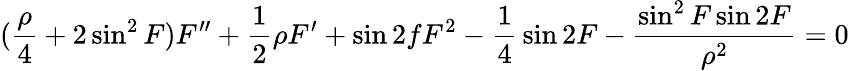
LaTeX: ({\frac{\rho}{4}}+2\sin^{2}{F})F^{\prime\prime}+{\frac{1}{2}}\rho F^{\prime}+\sin{2f}F^{2}-{\frac{1}{4}}\sin{2F}-{\frac{\sin^{2}{F}\sin{2F}}{\rho^{2}}}=0